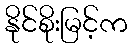
နိုင်စိုးမြင့်က